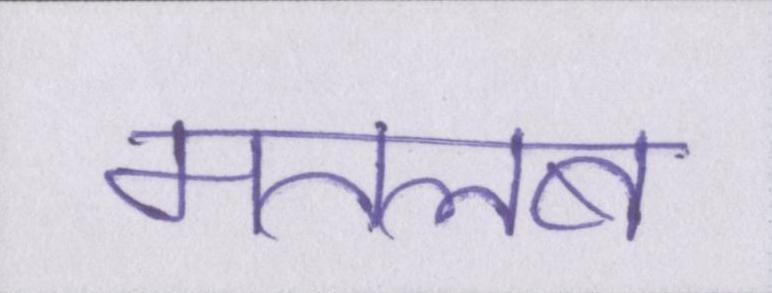
मतलब